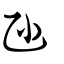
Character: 𠃣